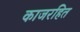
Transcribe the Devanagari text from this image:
काजरहित